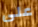
على